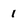
Character: 1